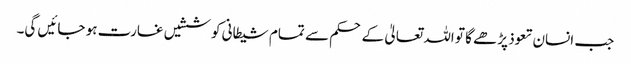
جب انسان تعوذ پڑھے گا تو اللہ تعالیٰ کے حکم سے تمام شیطانی کوششیں غارت ہو جائیں گی۔